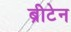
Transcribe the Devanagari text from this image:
ब्रीटेन